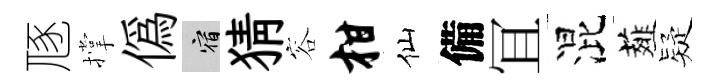
豗撑偽宿猜容柑仙備冝混薤疑